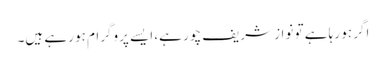
اگر ہو رہا ہے تو نواز شریف چور ہے، ایسے پروگرام ہو رہے ہیں۔